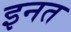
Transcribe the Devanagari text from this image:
इनत